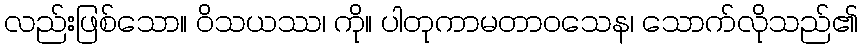
လည်းဖြစ်သော။ ဝိသယဿ၊ ကို။ ပါတုကာမတာဝသေန၊ သောက်လိုသည်၏